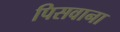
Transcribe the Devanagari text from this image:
पिसवाना